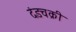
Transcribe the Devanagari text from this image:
दंडचक्री